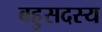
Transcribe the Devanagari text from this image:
बहुसदस्य